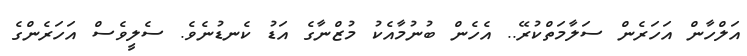
އަލްހާން އަހަރެން ސަލާމަތްކުރޭ.. އެހެން ބުނުމާއެކު މުޒްނާގެ އަޑު ކެނޑުނެވެ. ސެލީވެސް އަހަރެންގެ